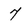
Character: 7